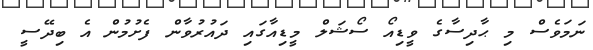
ނަމަވެސް މި ޙާދިސާގެ ވީޑިއޯ ސޯޝަލް މީޑިއާގައި ދައުރުވާން ފެށުމުން އެ ބިދޭސީ